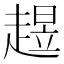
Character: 𧼺